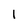
Character: I